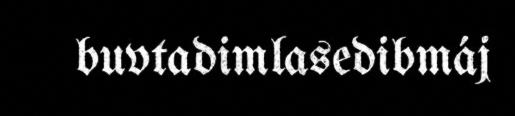
buvtadimlasedibmáj